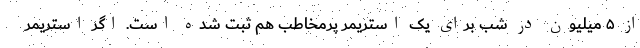
از ۵ میلیون در شب برای یک استریمر پرمخاطب هم ثبت شده است. اگر استریمر